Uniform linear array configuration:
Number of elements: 48
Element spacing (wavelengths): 0.25
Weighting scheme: exponential
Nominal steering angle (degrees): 0
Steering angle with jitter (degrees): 1.407
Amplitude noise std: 0.05
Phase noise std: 0.05

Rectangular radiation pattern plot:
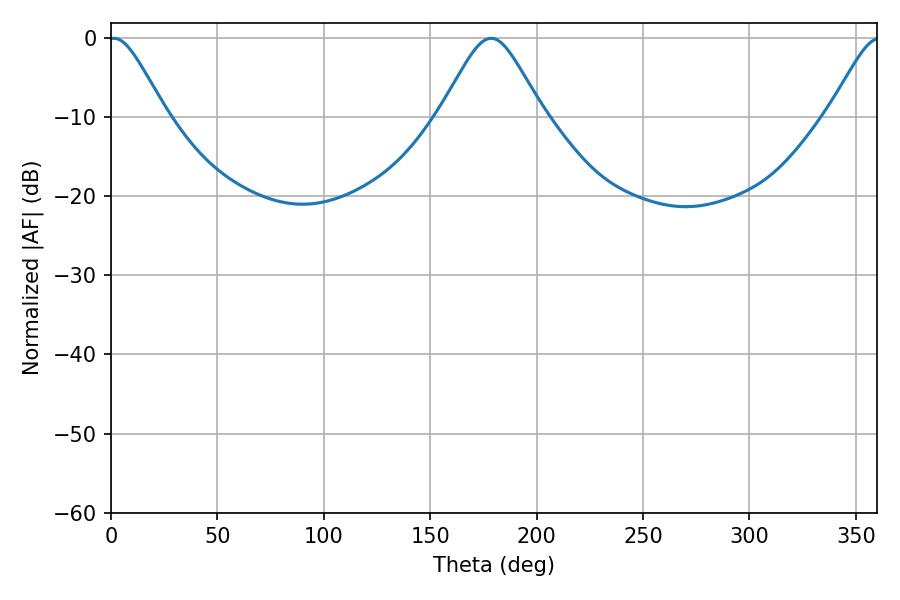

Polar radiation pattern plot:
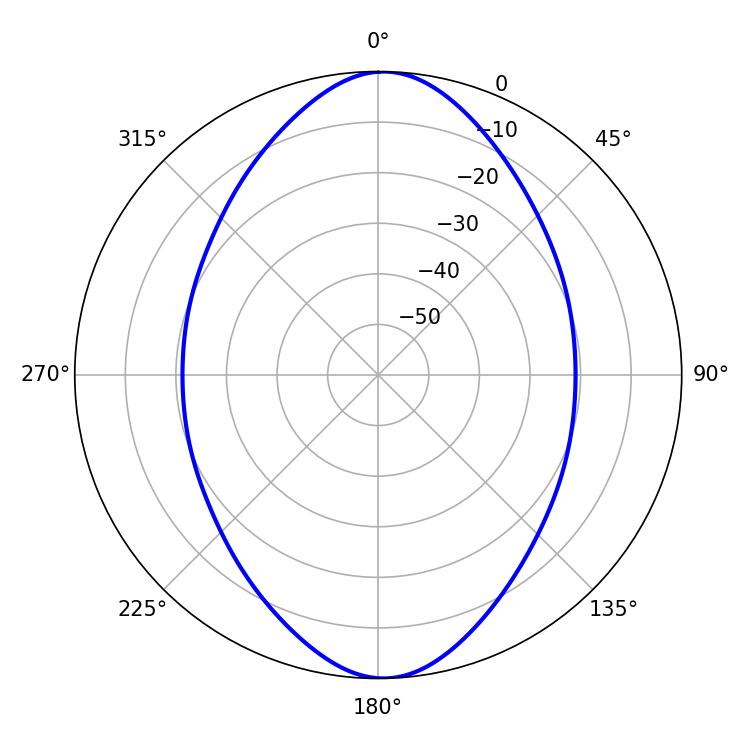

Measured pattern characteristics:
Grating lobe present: FALSE
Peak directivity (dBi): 19.628
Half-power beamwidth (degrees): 12.96
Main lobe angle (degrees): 1.44